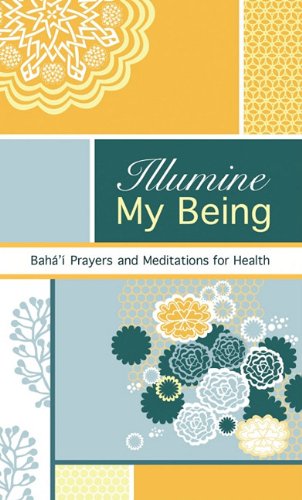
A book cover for Illumine My Being: Bahai Prayers and Meditations for Health; Religion & Spirituality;